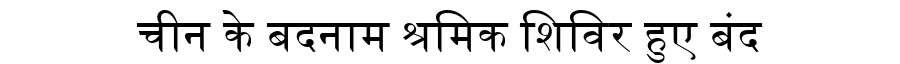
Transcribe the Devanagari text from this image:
चीन के बदनाम श्रमिक शिविर हुए बंद